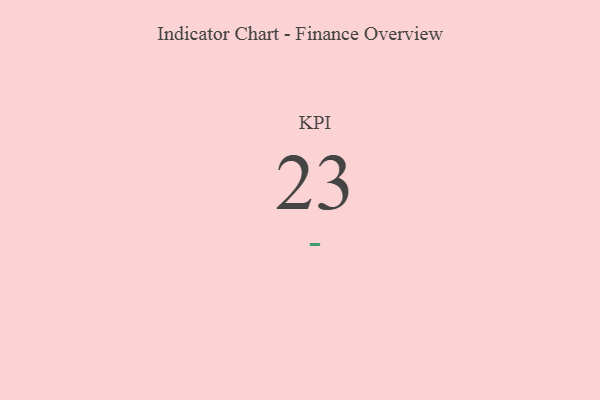
{"axis": {"x": "KPI", "y": "Value"}, "legend": [""], "data": [{"x": "KPI", "y": 23, "type": ""}]}